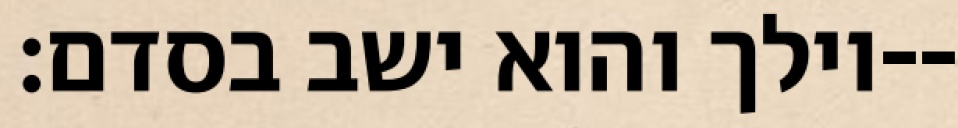
וילך והוא ישב בסדם׃--